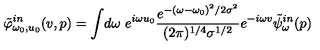
\tilde { \varphi } _ { \omega _ { 0 } , u _ { 0 } } ^ { i n } ( v , p ) = \int \! d \omega \ e ^ { i \omega u _ { 0 } } { \frac { e ^ { - ( \omega - \omega _ { 0 } ) ^ { 2 } / 2 \sigma ^ { 2 } } } { ( { 2 \pi } ) ^ { 1 / 4 } \sigma ^ { 1 / 2 } } } e ^ { - i \omega v } { \tilde { \psi } } _ { \omega } ^ { i n } ( p )